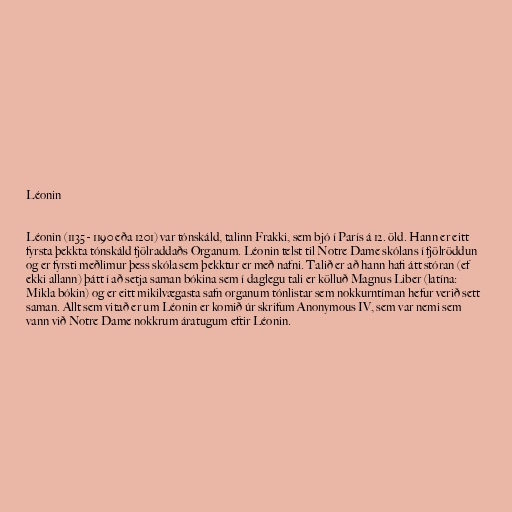
Léonin

Léonin (1135 - 1190 eða 1201) var tónskáld, talinn Frakki, sem bjó í París á 12. öld. Hann er eitt
fyrsta þekkta tónskáld fjölraddaðs Organum. Léonin telst til Notre Dame skólans í fjölröddun
og er fyrsti meðlimur þess skóla sem þekktur er með nafni. Talið er að hann hafi átt stóran (ef
ekki allann) þátt í að setja saman bókina sem í daglegu tali er kölluð Magnus Liber (latína:
Mikla bókin) og er eitt mikilvægasta safn organum tónlistar sem nokkurntíman hefur verið sett
saman. Allt sem vitað er um Léonin er komið úr skrifum Anonymous IV, sem var nemi sem
vann við Notre Dame nokkrum áratugum eftir Léonin.